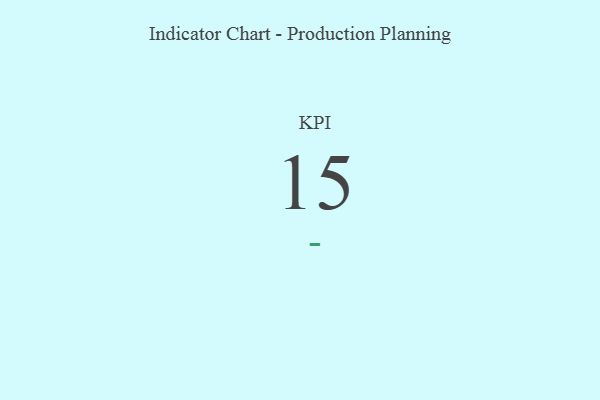
{"axis": {"x": "KPI", "y": "Value"}, "legend": [""], "data": [{"x": "KPI", "y": 15, "type": ""}]}